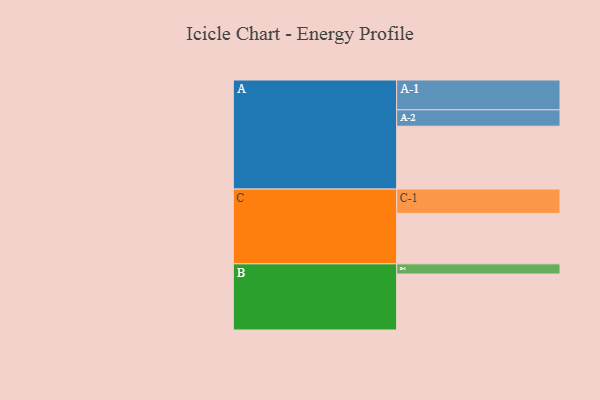
{"axis": {"x": "Segment", "y": "Value"}, "legend": ["", "A", "B", "C"], "data": [{"x": "A", "y": 561, "type": ""}, {"x": "B", "y": 499, "type": ""}, {"x": "C", "y": 450, "type": ""}, {"x": "A-1", "y": 266, "type": "A"}, {"x": "A-2", "y": 146, "type": "A"}, {"x": "B-1", "y": 91, "type": "B"}, {"x": "C-1", "y": 217, "type": "C"}]}